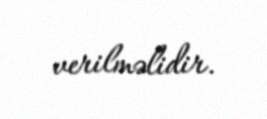
verilməlidir.